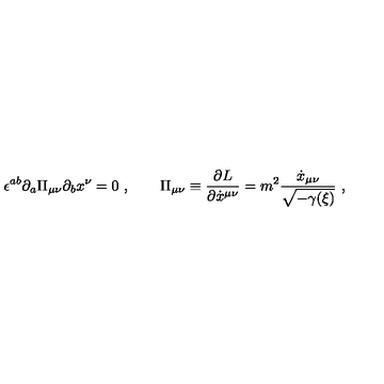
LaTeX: \epsilon ^ { a b } \partial _ { a } \Pi _ { \mu \nu } \partial _ { b } x ^ { \nu } = 0 \ , \qquad \Pi _ { \mu \nu } \equiv { \frac { \partial L } { \partial \dot { x } ^ { \mu \nu } } } = m ^ { 2 } { \frac { \dot { x } _ { \mu \nu } } { \sqrt { - \gamma ( { \xi } ) } } } \ ,